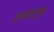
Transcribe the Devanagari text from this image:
इस्त्राएल